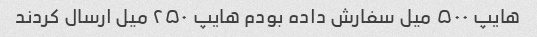
هایپ ۵۰۰ میل سفارش داده بودم هایپ ۲۵۰ میل ارسال کردند